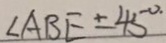
\angle A B E = 4 5 ^ { \circ . }